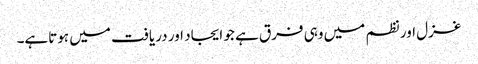
غزل اور نظم میں وہی فرق ہے جو ایجاد اور دریافت میں ہوتاہے۔